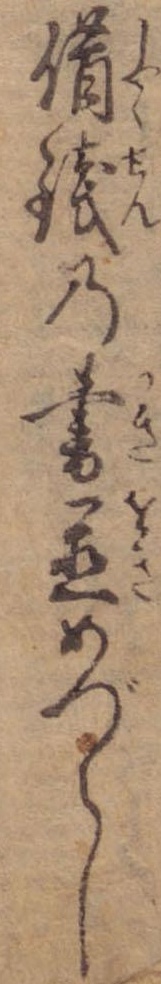
借銭の書置めづらし